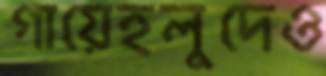
গায়েহলুদেও